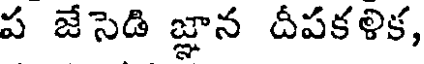
ప జేసెడి జ్ఞాన దీపకళిక,